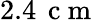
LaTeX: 2.4\, \mathrm{~c~m~}